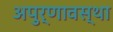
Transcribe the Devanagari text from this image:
अपुर्णावस्था